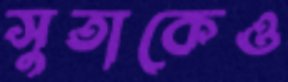
সুতাকেও